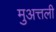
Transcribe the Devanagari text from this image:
मुअत्तली